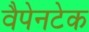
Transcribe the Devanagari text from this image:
वैपेनटेक